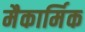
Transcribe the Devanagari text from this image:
मैकार्मिक